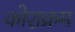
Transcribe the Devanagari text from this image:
कोशक्रम